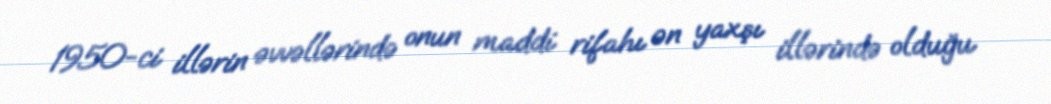
1950-ci illərin əvvəllərində onun maddi rifahı ən yaxşı illərində olduğu